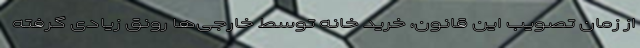
از زمان تصویب این قانون، خرید خانه توسط خارجی‌ها رونق زیادی گرفته